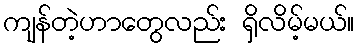
ကျန်တဲ့ဟာတွေလည်း ရှိလိမ့်မယ်။